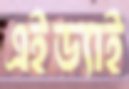
এইড্যাই